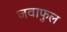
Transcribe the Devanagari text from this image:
जवाफुल